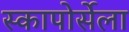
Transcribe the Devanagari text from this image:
स्कापोर्सेला